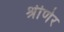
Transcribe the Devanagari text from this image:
श्रीणेर